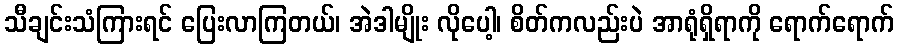
သီချင်းသံကြားရင် ပြေးလာကြတယ်၊ အဲဒါမျိုး လိုပေါ့၊ စိတ်ကလည်းပဲ အာရုံရှိရာကို ရောက်ရောက်